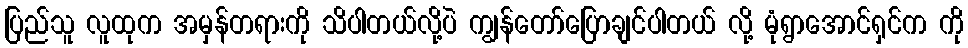
ပြည်သူ လူထုက အမှန်တရားကို သိပါတယ်လို့ပဲ ကျွန်တော်ပြောချင်ပါတယ် လို့ မုံရွာအောင်ရှင်က ကို